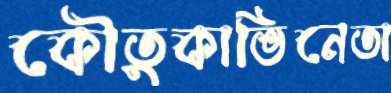
কৌতুকাভিনেতা